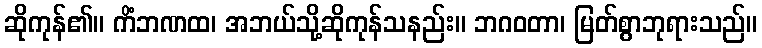
ဆိုကုန်၏။ ကိံဘဏထ၊ အဘယ်သို့ဆိုကုန်သနည်း။ ဘဂဝတာ၊ မြတ်စွာဘုရားသည်။